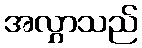
အလွှာသည်